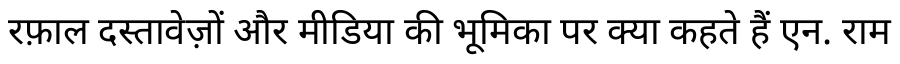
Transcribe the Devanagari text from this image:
रफ़ाल दस्तावेज़ों और मीडिया की भूमिका पर क्या कहते हैं एन. राम